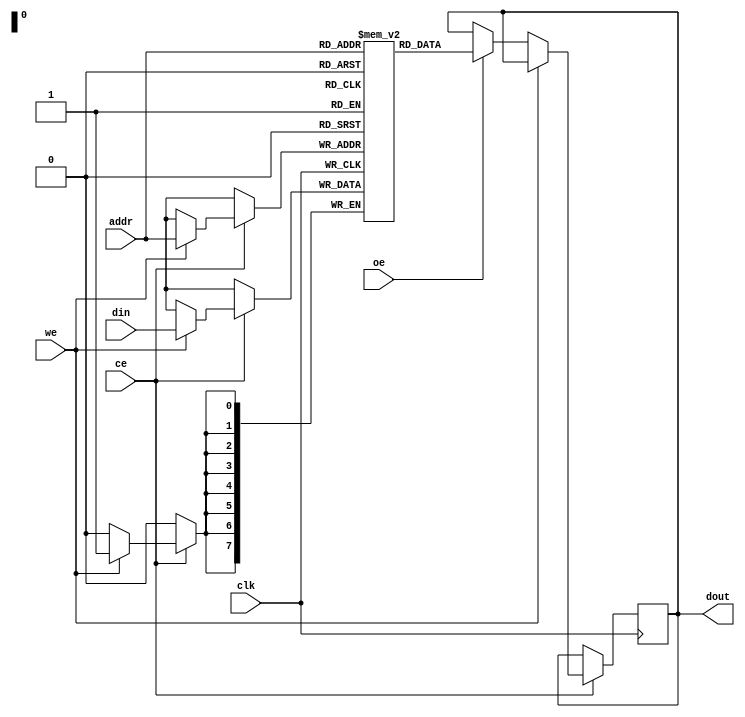
module low_power_sram #(
    parameter ADDR_WIDTH = 8, // Address width
    parameter DATA_WIDTH = 8, // Data width
    parameter MEM_SIZE = 256   // Memory size (2^ADDR_WIDTH)
)(
    input wire clk,            // Clock signal
    input wire ce,             // Chip Enable
    input wire we,             // Write Enable
    input wire oe,             // Output Enable
    input wire [ADDR_WIDTH-1:0] addr, // Address input
    input wire [DATA_WIDTH-1:0] din,   // Data input
    output reg [DATA_WIDTH-1:0] dout    // Data output
);

    // Memory array declaration
    reg [DATA_WIDTH-1:0] mem [0:MEM_SIZE-1];

    // Read and Write operations
    always @(posedge clk) begin
        if (ce) begin
            if (we) begin
                // Write operation
                mem[addr] <= din;
            end else if (oe) begin
                // Read operation
                dout <= mem[addr];
            end
        end
    end

    // Power management: Sleep mode (simplified)
    reg sleep_mode;
    always @(posedge clk) begin
        if (ce && !we && !oe) begin
            sleep_mode <= 1; // Enter sleep mode if no operation
        end else begin
            sleep_mode <= 0; // Exit sleep mode
        end
    end

    // Error correction (simple parity check for demonstration)
    reg parity_bit;
    always @(posedge clk) begin
        if (we) begin
            parity_bit <= ^din; // Calculate parity for written data
        end
    end

    // BIST (Built-in Self-Test) functionality (simplified)
    reg bist_mode;
    always @(posedge clk) begin
        if (bist_mode) begin
            // Implement BIST logic here
            // For example, write known patterns and read back
        end
    end

endmodule